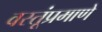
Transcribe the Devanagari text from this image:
वस्तूंप्रमाणे